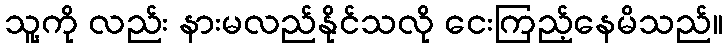
သူ့ကို လည်း နားမလည်နိုင်သလို ငေးကြည့်နေမိသည်။